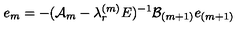
e _ { m } = - ( { \cal A } _ { m } - \lambda _ { r } ^ { ( m ) } E ) ^ { - 1 } { \cal B } _ { ( m + 1 ) } e _ { ( m + 1 ) }